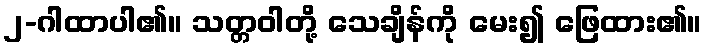
၂-ဂါထာပါ၏။ သတ္တဝါတို့ သေချိန်ကို မေး၍ ဖြေထား၏။